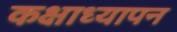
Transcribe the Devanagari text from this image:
कक्षाध्यापन